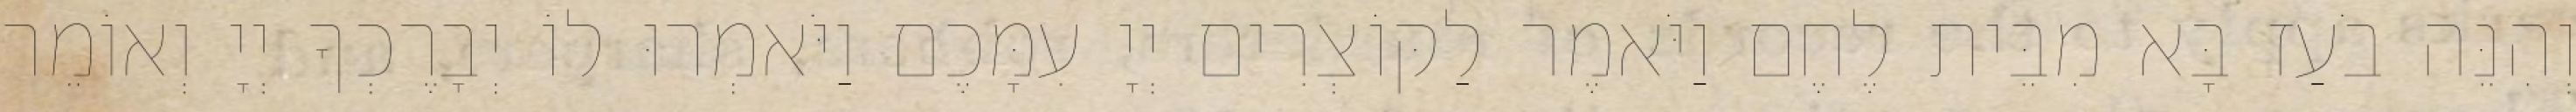
וְהִנֵּה בֹעַז בָּא מִבֵּית לֶחֶם וַיֹּאמֶר לַקּוֹצְרִים יְיָ עִמָּכֶם וַיֹּאמְרוּ לוֹ יְבָרֶכְךָ יְיָ וְאוֹמֵר